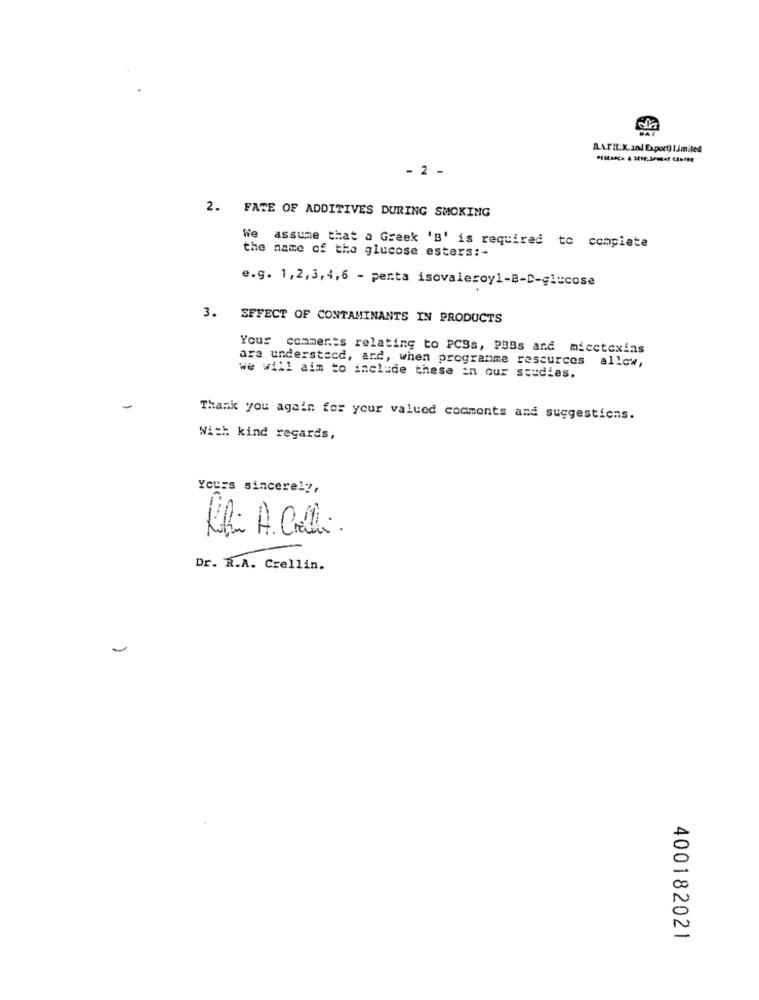
- 2 -
2. FATE OF ADDITIVES DURING SMOKING
the name of the glucose esters :-
We assume that a Greek 'B' is required to complete
e.g. 1,2,3,4,6 - penta isovaleroy1-B-D-glucose
3. EFFECT OF CONTAMINANTS IN PRODUCTS
Your comments relating to PCBs, PBBs and micctoxins
ara understecd, ard, when programme resources allow,
we will aim to include these in our studies.
Thank you again for your valued comments and suggestions.
With kind regards,
Yours sincerely,
Kif. A. Crelli.
Dr. R.A. Crellin.
400182021